Problem: 12 ÷ 2 = ?
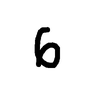
Handwritten answer: 6